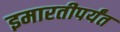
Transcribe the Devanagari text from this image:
इमारतीपर्यंत